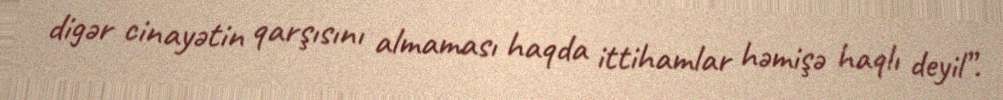
digər cinayətin qarşısını almaması haqda ittihamlar həmişə haqlı deyil”.